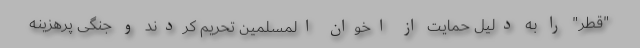
"قطر" را به دلیل حمایت از اخوان المسلمین تحریم کردند و جنگی پرهزینه